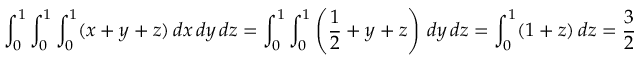
\int _ { 0 } ^ { 1 } \int _ { 0 } ^ { 1 } \int _ { 0 } ^ { 1 } ( x + y + z ) \, d x \, d y \, d z = \int _ { 0 } ^ { 1 } \int _ { 0 } ^ { 1 } \left( { \frac { 1 } { 2 } } + y + z \right) \, d y \, d z = \int _ { 0 } ^ { 1 } ( 1 + z ) \, d z = { \frac { 3 } { 2 } }